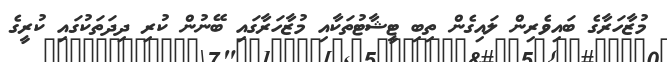
މުޒާހަރާގެ ބައިވެރިން ލައިގެން ތިބި ޓީޝާޓުތަކާއި މުޒާހަރާގައި ބޭނުން ކުރި ދިދަތަކުގައި ކުރީގެ